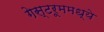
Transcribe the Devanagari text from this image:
गेस्टरूममध्ये